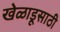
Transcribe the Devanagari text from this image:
खेळाडूसाठी